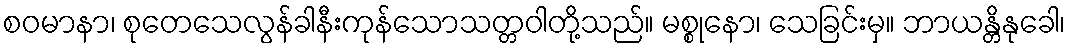
စဝမာနာ၊ စုတေသေလွန်ခါနီးကုန်သောသတ္တဝါတို့သည်။ မစ္စုနော၊ သေခြင်းမှ။ ဘာယန္တိနုခေါ၊